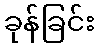
ခုန်ခြင်း